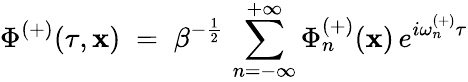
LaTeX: \Phi^{(+)}(\tau,\mathbf{x})\; =\; \beta^{-\frac{{1}}{{2}}}\, \sum_{n=-\infty}^{+\infty}\Phi_{n}^{(+)}(\mathbf{x})\, e^{i\omega_{n}^{(+)}\tau}